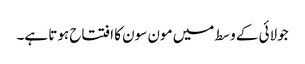
جولائی کے وسط میں مون سون کا افتتاح ہوتا ہے۔